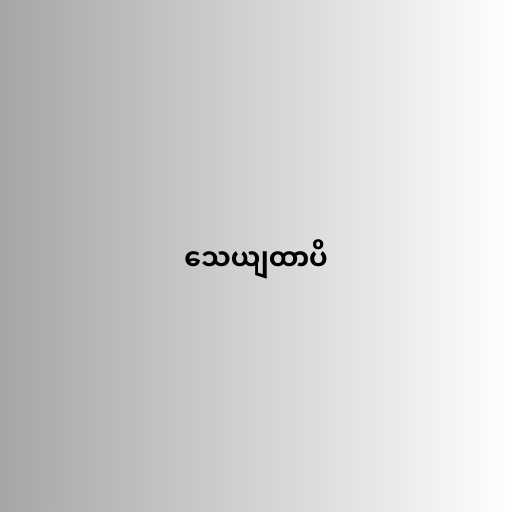
သေယျထာပိ